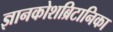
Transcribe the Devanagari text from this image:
ज्ञानकोशब्रिटानिका